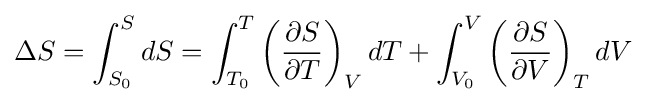
\Delta S=\int _{S_{0}}^{S}dS=\int _{T_{0}}^{T}\left({\frac {\partial S}{\partial T}}\right)_{V}dT+\int _{V_{0}}^{V}\left({\frac {\partial S}{\partial V}}\right)_{T}dV